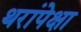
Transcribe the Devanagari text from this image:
थरांपेक्षा